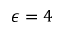
\epsilon = 4